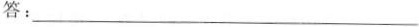
答：___